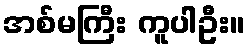
အစ်မကြီး ကူပါဦး။